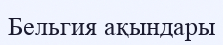
Бельгия ақындары